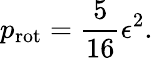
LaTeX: p_{\mathrm{rot}}=\frac{5}{16}\epsilon^{2}.